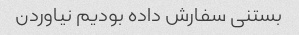
بستنی سفارش داده بودیم نیاوردن